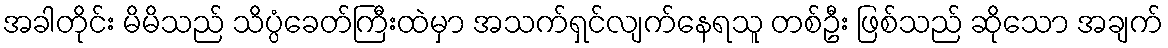
အခါတိုင်း မိမိသည် သိပ္ပံခေတ်ကြီးထဲမှာ အသက်ရှင်လျက်နေရသူ တစ်ဦး ဖြစ်သည် ဆိုသော အချက်